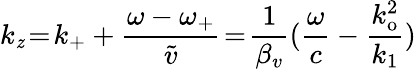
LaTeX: k_{\mathit{z}}\! =\! k_{+}+\frac{{\omega-\omega_{+}}}{{\widetilde{{v}}}}\! =\! \frac{{1}}{{\beta_{v}}}(\frac{{\omega}}{{c}}-\frac{{k_{\mathrm{{o}}}^{2}}}{{k_{1}}})